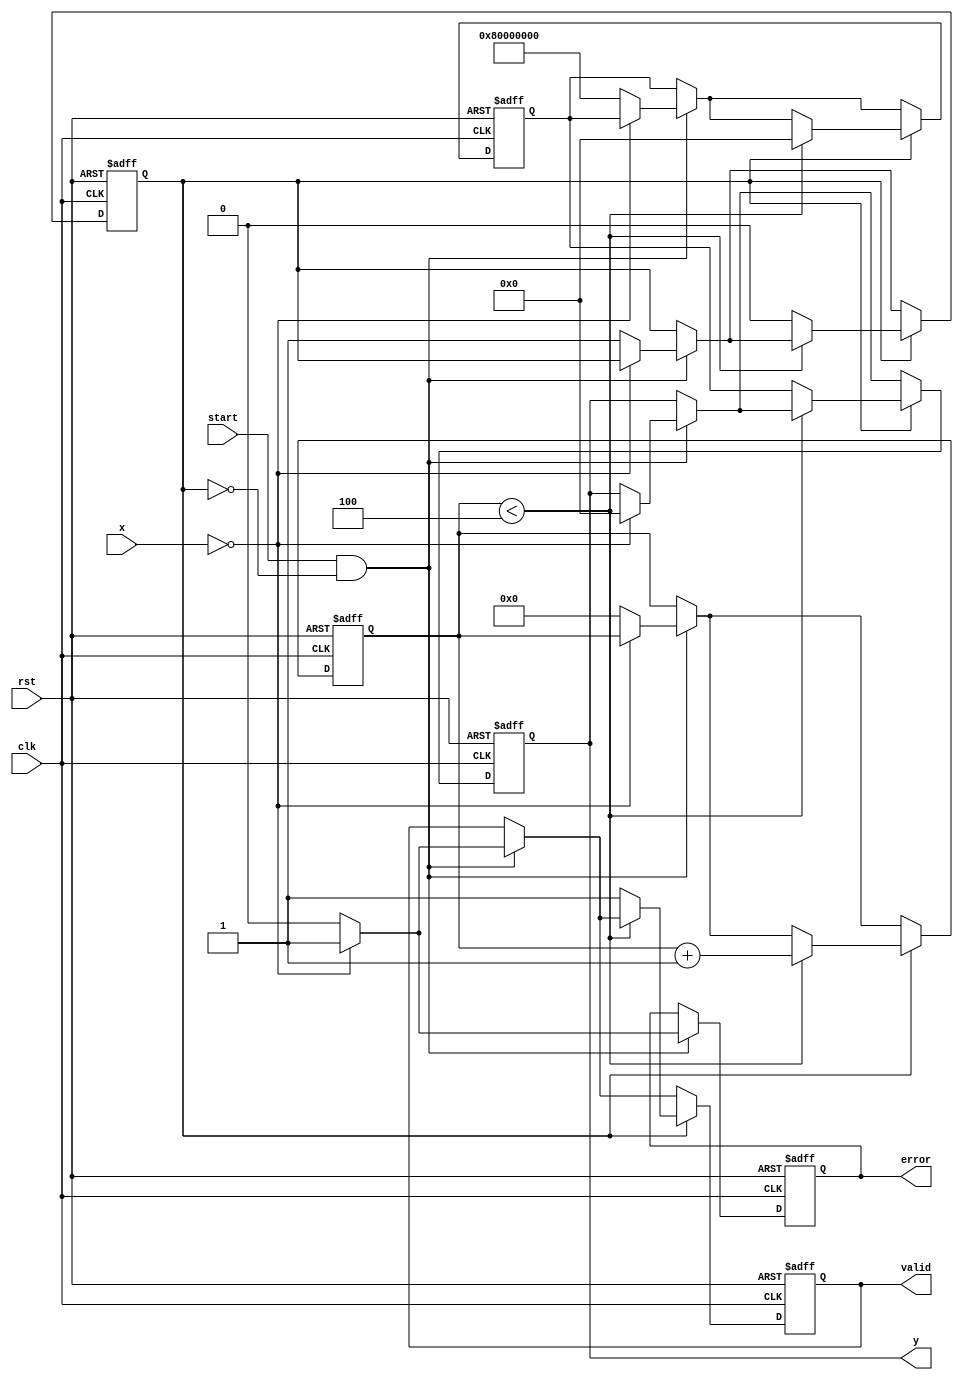
module ReciprocalUnit #(
    parameter N = 32,         // Width of the input/output
    parameter ITERATIONS = 4  // Number of Newton-Raphson iterations
)(
    input wire clk,           // Clock signal
    input wire rst,           // Asynchronous reset
    input wire start,         // Control signal to start computation
    input wire [N-1:0] x,     // Input data
    output reg [N-1:0] y,      // Reciprocal result
    output reg valid,         // Valid signal
    output reg error          // Error signal
);

    reg [N-1:0] x_reg;        // Registered input value
    reg [N-1:0] approx;       // Approximation of reciprocal
    reg [3:0] count;          // Iteration counter
    reg computing;            // State flag for computing

    // Asynchronous reset and input latching
    always @(posedge clk or posedge rst) begin
        if (rst) begin
            y <= 0;
            valid <= 0;
            error <= 0;
            x_reg <= 0;
            approx <= 0;
            count <= 0;
            computing <= 0;
        end else begin
            if (start && !computing) begin
                x_reg <= x;
                // Check for division by zero
                if (x == 0) begin
                    error <= 1;
                    valid <= 1;
                    y <= 0;
                end else begin
                    error <= 0;
                    valid <= 0;
                    approx <= {1'b1, {N-1{1'b0}}}; // Initial approximation (1.0)
                    count <= 0;
                    computing <= 1;
                end
            end
            
            // Newton-Raphson Iteration
            if (computing) begin
                if (count < ITERATIONS) begin
                    approx <= approx * (2**N - x_reg * approx) >> N; // Update approximation
                    count <= count + 1;
                end else begin
                    y <= approx; // Final result
                    valid <= 1;  // Signal that result is valid
                    computing <= 0; // Reset computing state
                end
            end
        end
    end

endmodule